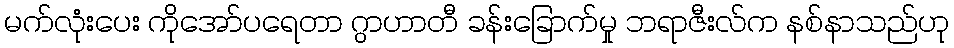
မက်လုံးပေး ကိုအော်ပရေတာ ဂွာဟာတီ ခန်းခြောက်မှု ဘရာဇီးလ်က နစ်နာသည်ဟု